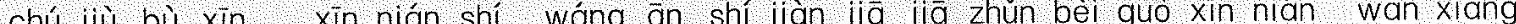
xīn nián shí wáng ān shí jiàn jiā jiā zhǔn bèi guò xīn nián wàn xiàng